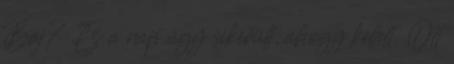
Baj? Ez a nap úgy sikerült, ahogy kellett. Ott